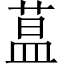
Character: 蒀